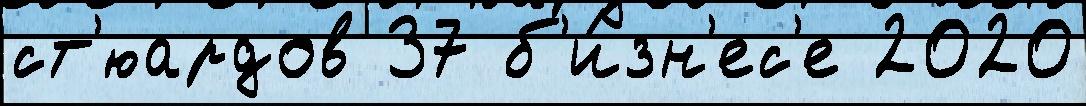
ст'юардов 37 б'и́зн'ес'е 2020